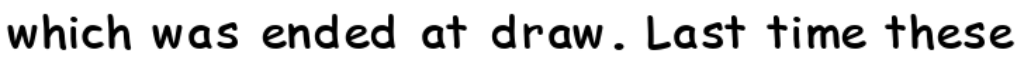
which was ended at draw. Last time these